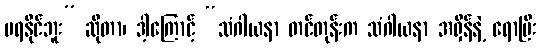
မရနိုင်ဘူး” ဆိုတာ၊ ဒါ့ကြောင့် “သံဂါယနာ တင်တုန်းက သံဂါယနာ အရှိန်နဲ့ ရောပြီး